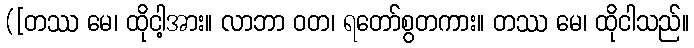
([တဿ မေ၊ ထိုငါ့အား။ လာဘာ ဝတ၊ ရတော်စွတကား။ တဿ မေ၊ ထိုငါသည်။